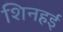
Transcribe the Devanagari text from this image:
शिनहई